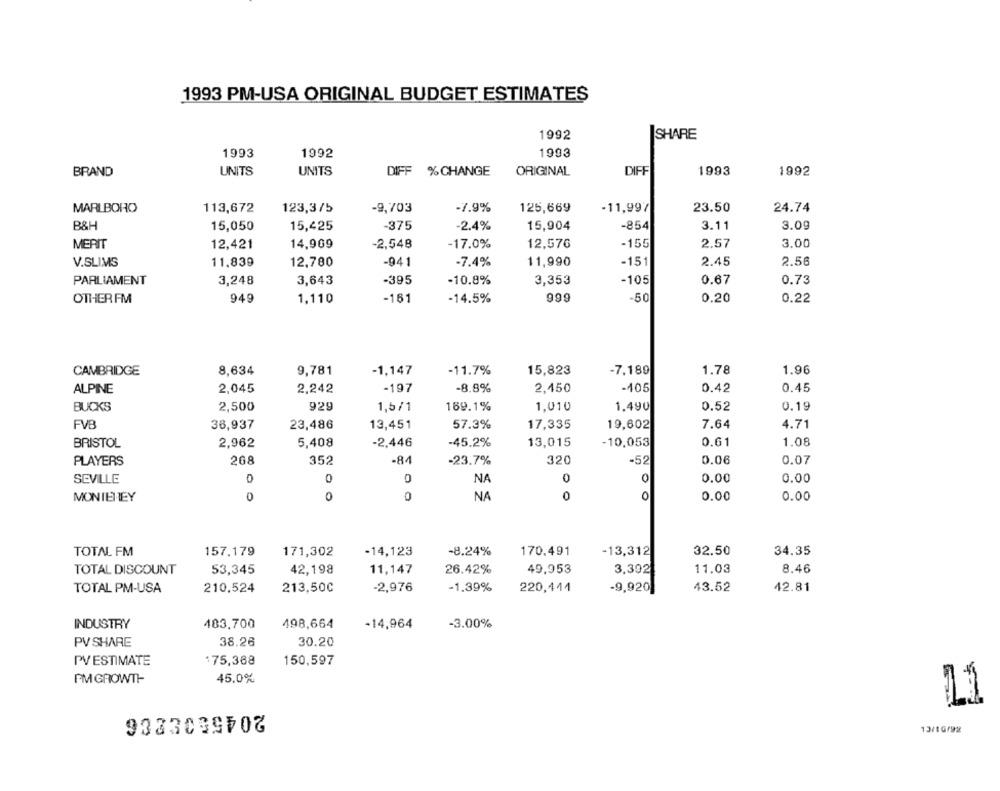
1993 PM-USA ORIGINAL BUDGET ESTIMATES
1992
SHARE
1993
1992
1993
BRAND
UNITS
UNITS
DIFF %CHANGE
ORIGINAL
DIFF
1993
1992
MARLBORO
113,672
123,3/5
-9,703
-7.9%
125,669
-11,99/
23.50
24.74
B&H
15,050
15,425
-375
-2.4%
15,904
-854
3.11
3.09
MERIT
12,421
14,969
-2,548
-17.0%
12,576
-155
2.57
3.00
V.SLIMS
11.839
-941
-7.4%
11,990
-151
2.45
2.56
12,780
PARLIAMENT
3,248
3,643
-395
-10.8%
3,353
-105
0.67
0.73
OTHER FM
949
1,110
-161
-14.5%
999
-50
0.20
0.22
CAMBRIDGE
8,634
9,781
-1,147
-11.7%
15,823
-7,189
1.78
1.96
2,045
2,242
-197
-8.8%
2,450
-105
0.42
0.45
ALPINE
BUCKS
2,500
929
1,5/1
169.1%
1,010
1.490
0.52
0.19
FVB
38,937
23,486
13,451
57.3%
17,335
19,602
7.64
4.71
BRISTOL
2,962
5,408
-2,446
-45.2%
13,015
-10,053
0.61
1.08
268
-84
320
PLAYERS
352
-23.7%
-52
0.06
0.07
SEVILLE
0
0
NA
0.00
0.00
MONTEREY
0
0
0
NA
0
0
0.00
0.00
TOTAL FM
157.179
171,302
-14,123
-8.24%
170.491
-13,312
32.50
34.35
TOTAL DISCOUNT
53,345
42,198
11,147
26.42%
49,953
3,392
11.03
8.46
TOTAL PM-USA
210,524
213,500
-2,976
-1.39%
220,444
-9,920
43.52
42.81
INDUSTRY
483,700
498,664
-14,964
-3.00%
PV SHARE
38.26
30.20
PV ESTIMATE
$75,368
150,597
PM GROWTH-
45.0%
11
13/1G/92